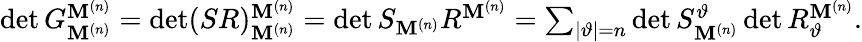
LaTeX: \begin{array}{r}{\det G_{\mathbf{M}^{(n)}}^{\mathbf{M}^{(n)}}=\det(SR)_{\mathbf{M}^{(n)}}^{\mathbf{M}^{(n)}}=\det S_{\mathbf{M}^{(n)}}R^{\mathbf{M}^{(n)}}=\sum_{|\vartheta|=n}\det S_{\mathbf{M}^{(n)}}^{\vartheta}\det R_{\vartheta}^{\mathbf{M}^{(n)}}.}\end{array}